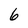
Character: 6